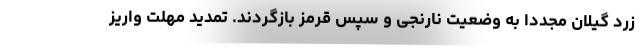
زرد گیلان مجددا به وضعیت نارنجی و سپس قرمز بازگردند. تمدید مهلت واریز